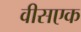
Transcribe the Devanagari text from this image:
वीसएक